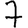
Digit: 7